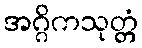
အဂ္ဂိကသုတ္တံ